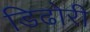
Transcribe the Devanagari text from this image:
डिढोरी